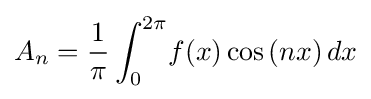
A_{n}={\frac {1}{\pi }}\int _{0}^{2\pi }\!f(x)\cos {(nx)}\,dx